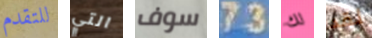
للتقدم التي سوف 73 لك لقد